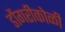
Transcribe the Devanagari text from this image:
डोंगरीकोळी